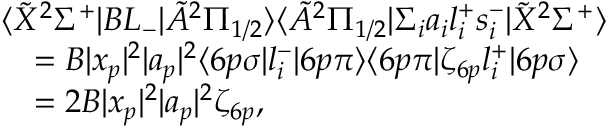
\begin{array} { r l } & { \langle \tilde { X } ^ { 2 } \Sigma ^ { + } | B L _ { - } | \tilde { A } ^ { 2 } \Pi _ { 1 / 2 } \rangle \langle \tilde { A } ^ { 2 } \Pi _ { 1 / 2 } | \Sigma _ { i } a _ { i } l _ { i } ^ { + } s _ { i } ^ { - } | \tilde { X } ^ { 2 } \Sigma ^ { + } \rangle } \\ & { \quad = B | x _ { p } | ^ { 2 } | a _ { p } | ^ { 2 } \langle 6 p \sigma | l _ { i } ^ { - } | 6 p \pi \rangle \langle 6 p \pi | \zeta _ { 6 p } l _ { i } ^ { + } | 6 p \sigma \rangle } \\ & { \quad = 2 B | x _ { p } | ^ { 2 } | a _ { p } | ^ { 2 } \zeta _ { 6 p } , } \end{array}